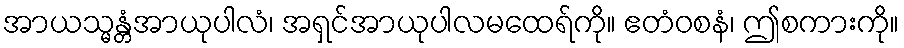
အာယသ္မန္တံအာယုပါလံ၊ အရှင်အာယုပါလမထေရ်ကို။ ဧတံဝစနံ၊ ဤစကားကို။